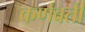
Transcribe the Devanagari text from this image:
कर्णवती